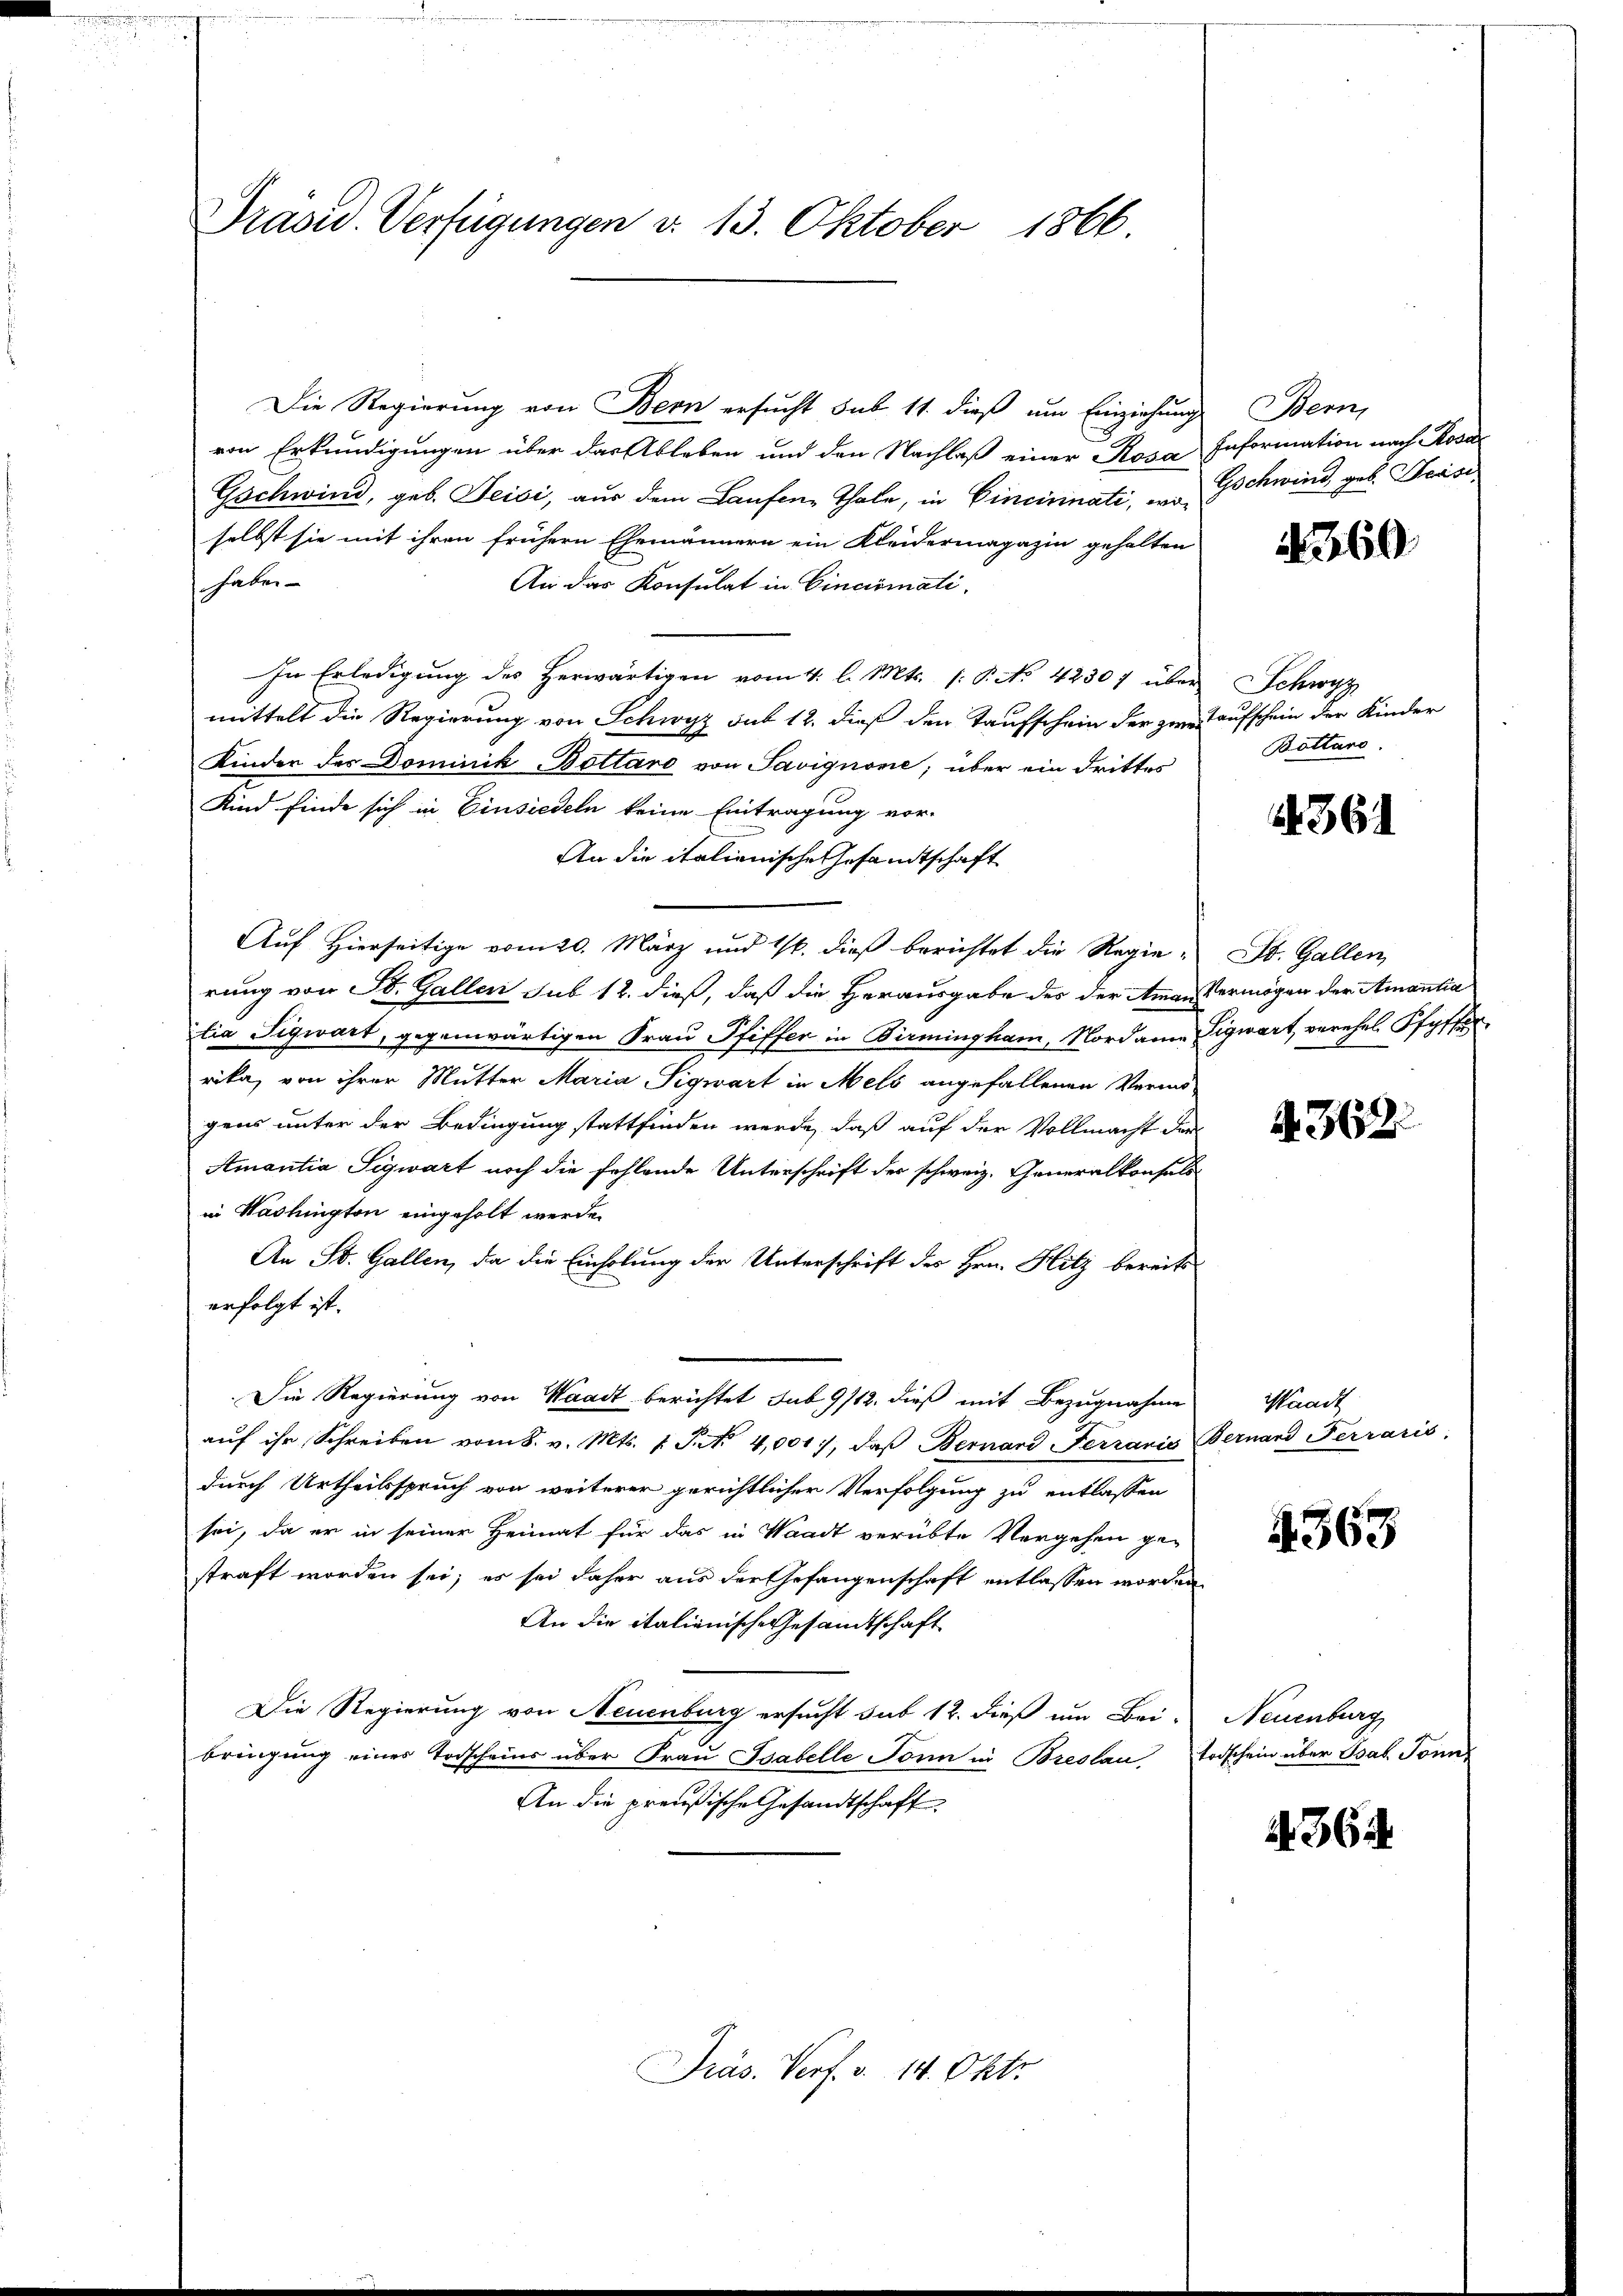
Präsid. Verfügungen d. 13. Oktober 1866.

Die Regierung von Bern ersucht sub 14. dieß um Einziehung
von Erkundigungen über das Ableben und den Nachlaß einer Rosa Information nach Rosa
Gschwind, geb. Seisi, aus dem Laufene Thale, in Cinciminati, in Gschwind geb. Präsiselbst sie mit ihren frühern Ehemännern ein Kleidermagazin gehalten
haben.
An das Konsulat in Cincirmati
In Erledigung des herwärtigen vom 4. l. Mts. (: P. No. 42307 über
mittelt die Regierung von Schwyz sub 12. dieß den Taufschein der zwei aufschein der Kinder
Kinder des Dominik -Bottaro von Savignome; über ein drittes
Kind finde sich in Einsiedeln keine Eintragung vor-
An die italienische Gesandtschaft
Auf Hierseitige vom 20. März und 16. dieß berichtet die Regierung von St. Gallen sub 12. dieß, daß die Herausgabe des der Aman Vermögen der Amantia
lia Sigwart, gegenwärtigen Frau Pfiffer in Birmingham, Nordann Sigwart, verehel Pfyffer
rika, von ihrer Mutter Maria Sigwart in Mels angefallenen Vermö-
gens unter der Bedingung stattfinden werde, daß auf der Vollmacht der
Amantia Sigwart noch die fehlende Unterschrift der schweiz. Generalkonsuls
in Washington eingeholt werde.
An St. Gallen, da die Einholung der Unterschrift des Hrn. Hitz bereits
erfolgt ist.
Die Regierung von Waadt berichtet sub 9/12. dieß mit Bezugnahme
aŭf ihr Schreiben vom 8. v. Mts. 1. J. No 4,001), daβ Bernard Ferraris Bernand Ferraris
durch Urtheilsspruch von weiterer gerichtlicher Verfolgung zu entlassen
sei, da er in seiner Heimat für das in Waadt verübte Vergehen ge-
straft worden sei; es sei daher aus der Gefangenschaft entlassen worden
An die italienische Gesandtschaft
Die Regierung von Neuenburg ersucht sub 12. dieß um Bei-
bringung eines Vorscheins über Frau Sabelle Sonn in Breslau, Todschein über Bsab. Sonn
An die preußische Gesandtschaft

Präs. Verf. v. 14. Okto

Bern,

360

Schwyz
Bottaro.

364

St. Gallen,

A 362.

aadt

4363

Neuenburg

4364.